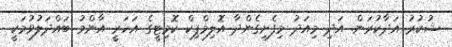
ޝުކުރު އަދާކުރަން. އަދި މިއަދު މިފެށިގެންދާ އޮލިމްޕިކް ކޮމިޓީގެ އަހަރީ އާންމު ބައްދަލުވުމަކީ